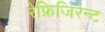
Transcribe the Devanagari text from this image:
रेफ्रिजिरेन्ट